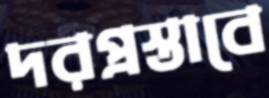
দরপ্রস্তাবে